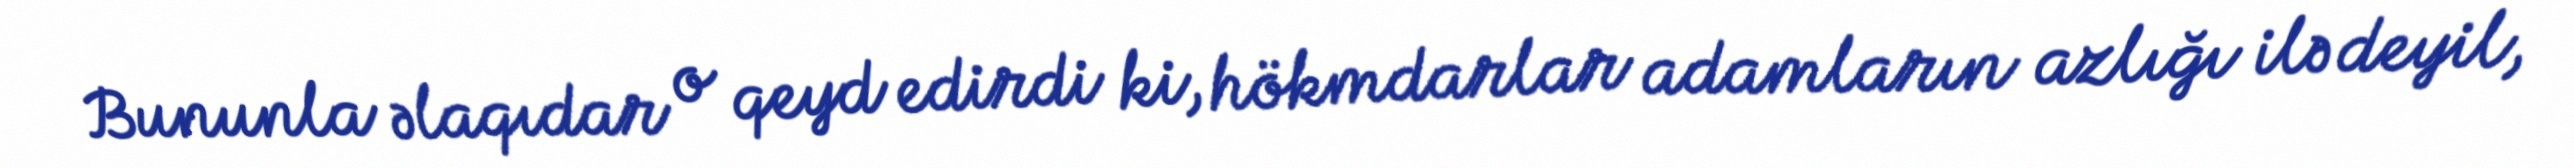
Bununla əlaqıdar o qeyd edirdi ki, hökmdarlar adamların azlığı ilə deyil,